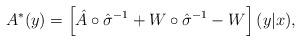
LaTeX: \begin{align*} A^* (y) = \left[ \hat{A} \circ \hat{\sigma}^{-1} + W \circ \hat{\sigma}^{-1} - W \right] (y|x),\end{align*}